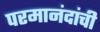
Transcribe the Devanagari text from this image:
परमानंदांची